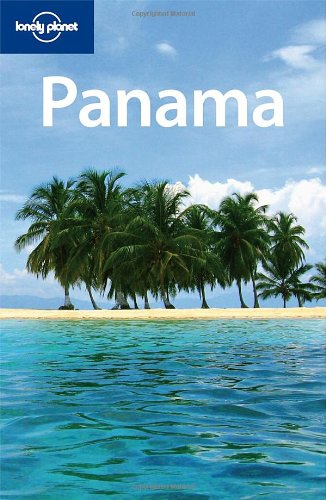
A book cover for Lonely Planet Panama (Country Guide); Matthew Firestone; Travel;